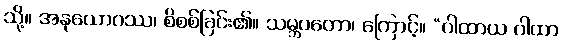
သို့။ အနုယောဂဿ၊ စိစစ်ခြင်း၏။ သမ္ဘဝတော၊ ကြောင့်။ “ဂါထာယ ဂါထာ